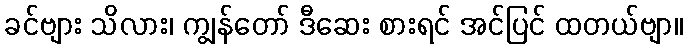
ခင်ဗျား သိလား၊ ကျွန်တော် ဒီဆေး စားရင် အင်ပြင် ထတယ်ဗျာ။